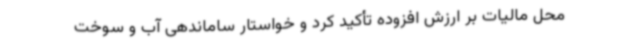
محل مالیات بر ارزش افزوده تأکید کرد و خواستار ساماندهی آب و سوخت‌